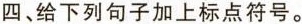
四、给下列句子加上标点符号。